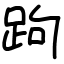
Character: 跔